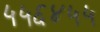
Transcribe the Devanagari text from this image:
५५६४५५